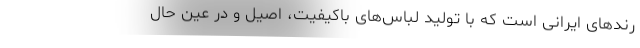
رندهای ایرانی است که با تولید لباس‌های باکیفیت، اصیل و در عین حال